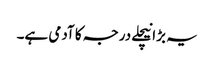
یہ بڑا نیچلے درجہ کا آدمی ہے۔